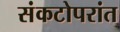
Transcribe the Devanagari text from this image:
संकटोपरांत